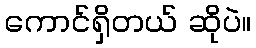
ကောင်ရှိတယ် ဆိုပဲ။